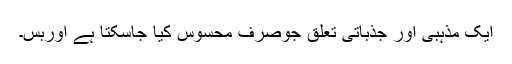
ایک مذہبی اور جذباتی تعلق جوصرف محسوس کیا جاسکتا ہے اوربس۔